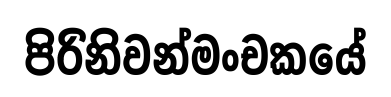
පිරිනිවන්මංචකයේ